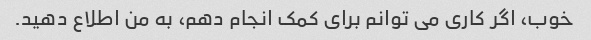
خوب، اگر کاری می توانم برای کمک انجام دهم، به من اطلاع دهید.